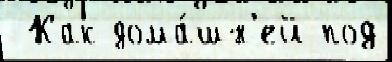
 Как дома́шн'ей под